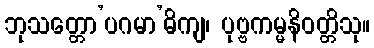
ဘုသတ္တော’ပဂမာ’ဓိကျ၊ ပုဗ္ဗကမ္မနိဝတ္တိသု။